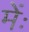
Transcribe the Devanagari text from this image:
मेंः